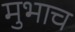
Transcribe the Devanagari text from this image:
मुभाच